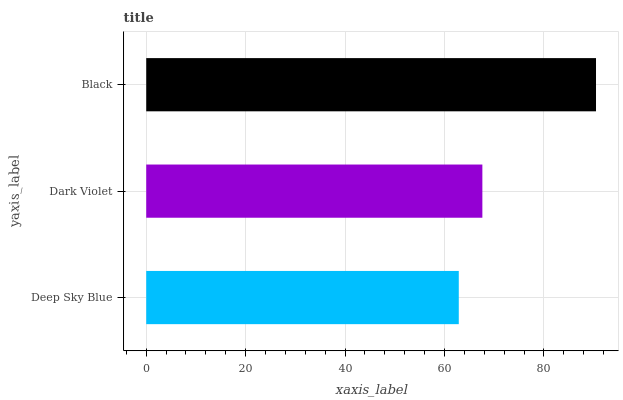
| yaxis_label | bars |
 | --- | --- |
 | Deep Sky Blue | 62.9 |
 | Dark Violet | 67.6 |
 | Black | 90.5 |